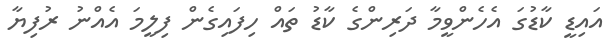
އައިޑީ ކާޑުގަ އެހެންވީމާ ދަރިންގެ ކާޑު ތައް ހިފައިގެން ފިލީމަ އެއްނު ރުފިޔާ